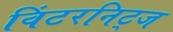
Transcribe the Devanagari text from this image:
विंटरनिट्ज